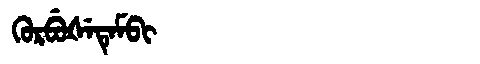
Manchu: ᡴᡠᡵᠪᡠᡧᡝᡨᡝᠮᠪᡳ
Romanization: KURBUŠETEMBI